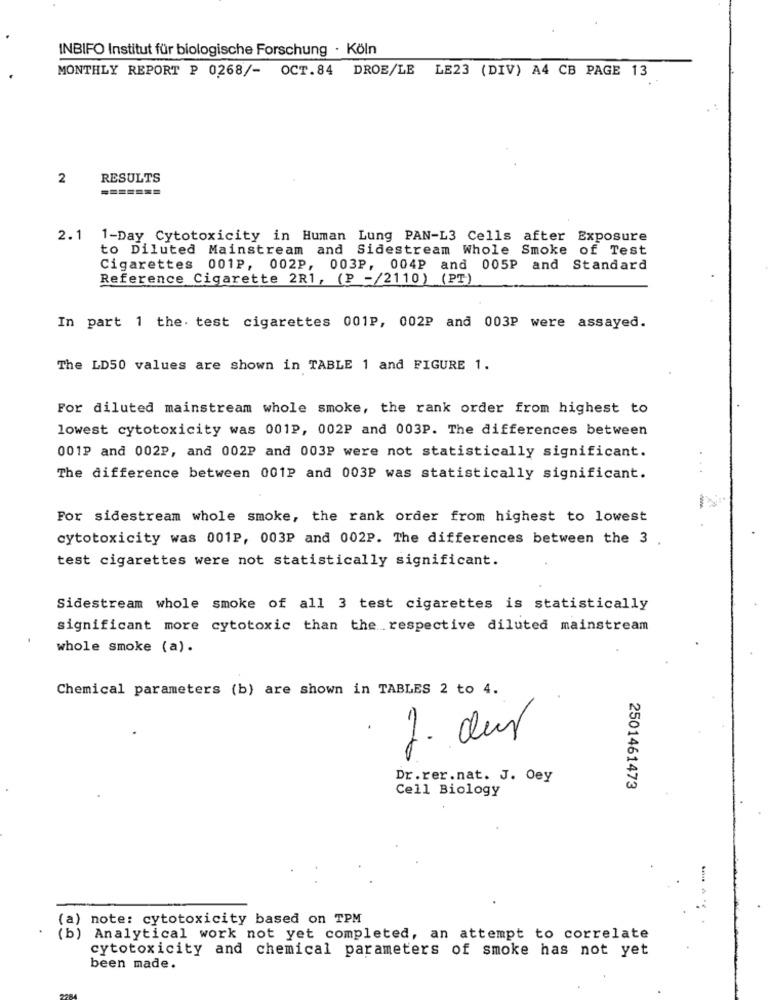
INBIFO Institut für biologische Forschung · Köln
MONTHLY REPORT P 0268/- OCT.84 DROE/LE LE23 (DIV) A4 CB PAGE 13
2
RESULTS
=======
2.1
1-Day Cytotoxicity in Human Lung PAN-L3 Cells after Exposure
to Diluted Mainstream and Sidestream Whole Smoke of Test
Cigarettes 001P, 002P, 003P, 004P and 005P and Standard
Reference Cigarette 2R1, (P -/2110) (PT)
In part 1 the. test cigarettes 001P, 002P and 003P were assayed.
The LD50 values are shown in TABLE 1 and FIGURE 1.
For diluted mainstream whole smoke, the rank order from highest to
lowest cytotoxicity was 001P, 002P and 003P. The differences between
001P and 002P, and 002P and 003P were not statistically significant.
The difference between 001P and 003P was statistically significant.
For sidestream whole smoke, the rank order from highest to lowest
cytotoxicity was 001P, 003P and 002P. The differences between the 3
test cigarettes were not statistically significant.
Sidestream whole smoke of all 3 test cigarettes is statistically
significant more cytotoxic than the respective diluted mainstream
whole smoke (a).
Chemical parameters (b) are shown in TABLES 2 to 4.
1. dur
Dr.rer.nat. J. Oey
2501461473
Cell Biology
(a) note: cytotoxicity based on TPM
(b) Analytical work not yet completed, an attempt to correlate
cytotoxicity and chemical parameters of smoke has not yet
been made.